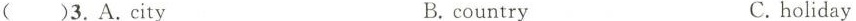
()3.A.City B.country C. holiday